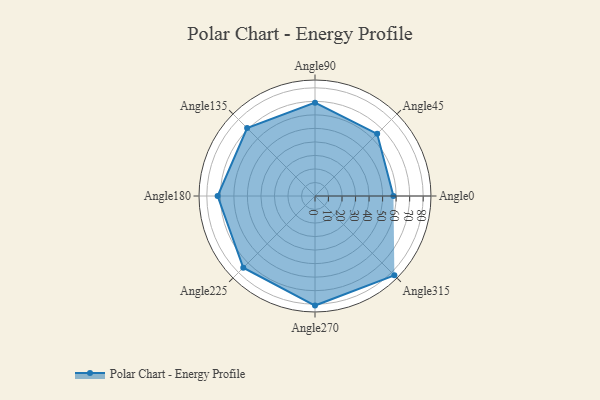
{"axis": {"x": "Angle", "y": "Radius"}, "legend": [""], "data": [{"x": "Angle0", "y": 58.0, "type": ""}, {"x": "Angle45", "y": 65.0, "type": ""}, {"x": "Angle90", "y": 69.0, "type": ""}, {"x": "Angle135", "y": 71.0, "type": ""}, {"x": "Angle180", "y": 72.0, "type": ""}, {"x": "Angle225", "y": 75.0, "type": ""}, {"x": "Angle270", "y": 81.0, "type": ""}, {"x": "Angle315", "y": 83.0, "type": ""}]}